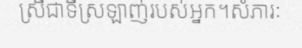
ស្រីជាទីស្រឡាញ់របស់អ្នក។សំភារៈ